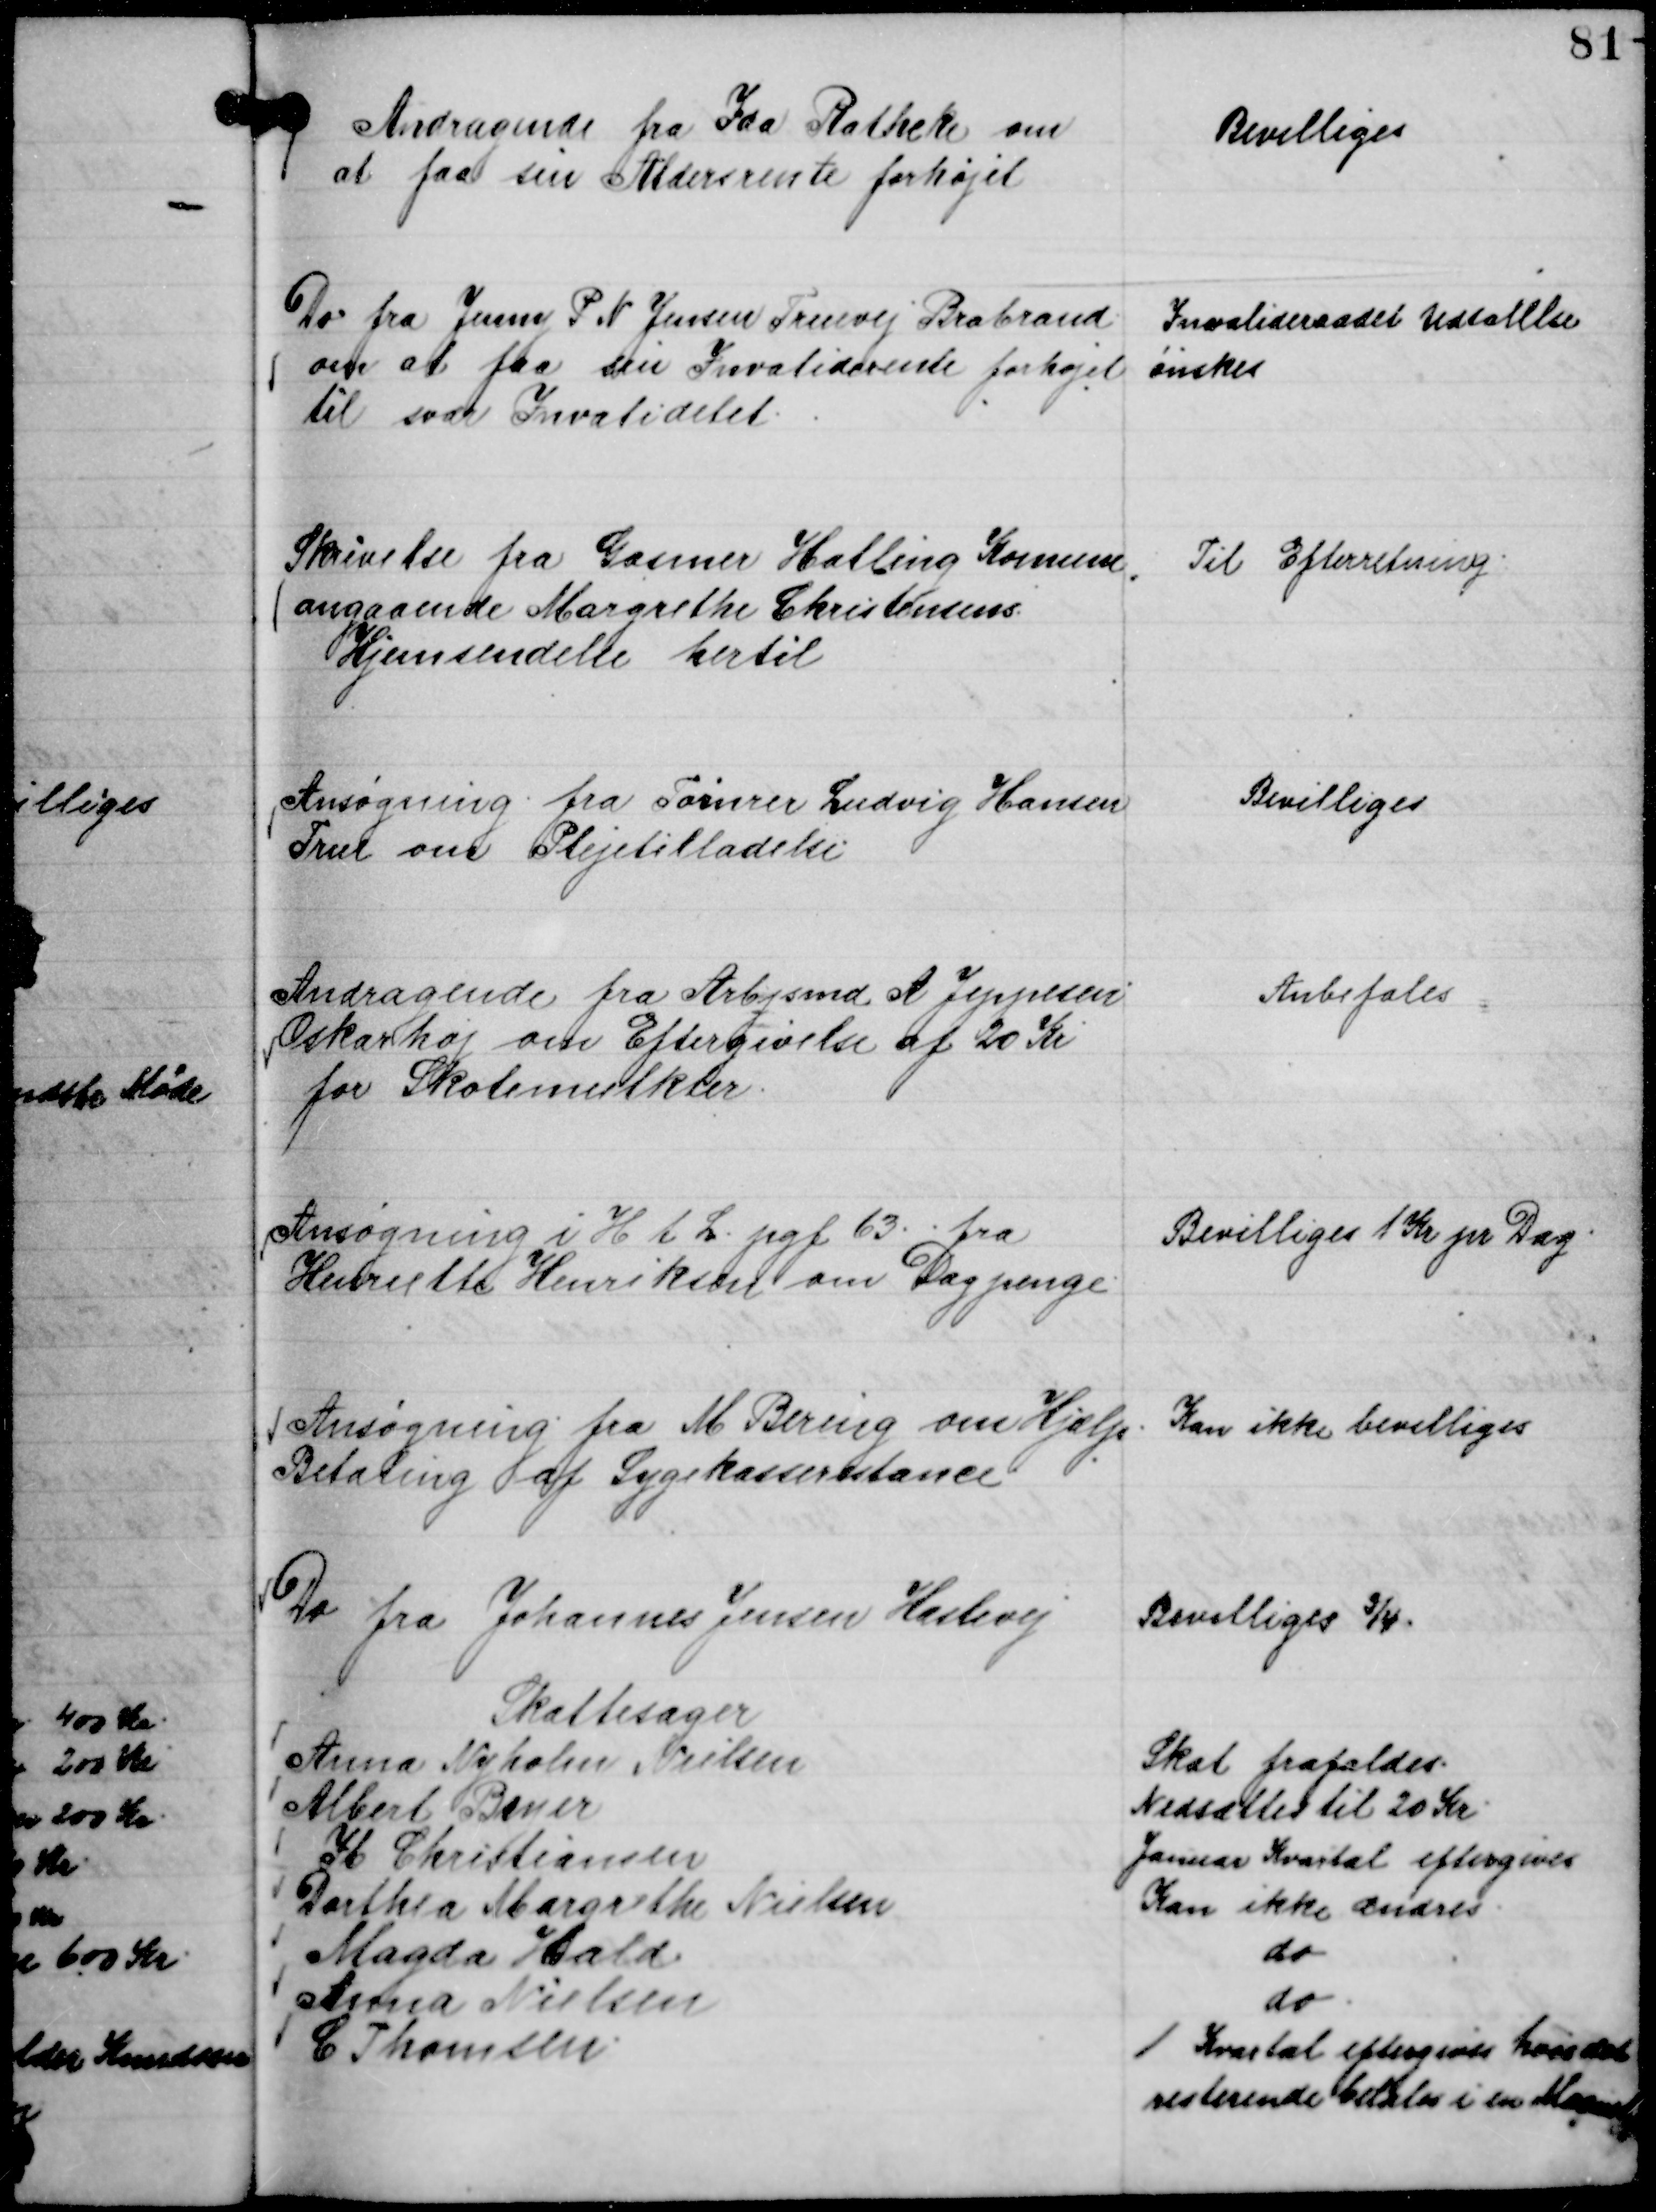
Transskription:
Andragende fra Ida Ratheke om
at faa sin Aldersrente forhøjet

Bevilliges

Do fra Jenny P N Jensen Truevej Brabrand
om at faa sin Invaliderente forhøjet
til svær Invaliditet.

Invalideraadet Udtalelse
ønskes

Skrivelse fra Gasmer Halling Komune

angaaende Margrethe Christensens
Hjemsendelse hertil

Til Efterretning.

Ansøgning fra Tømrer Ludvig Hansen
True om Plejetilladelse.

Bevilliges

Andragende fra Arbjsmd A Jeppesen
Oskarhøj om Eftergivelse af 20 Kr
for Skolemulkter.

Anbefales

Ansøgning i H t L. pgf 63 . . fra
Henriette Henriksen om Dagpenge.

Bevilliges 1 Kr pr Dag.

Ansøgning fra M Bering om Hjælp .
Betaling af Sygekasserestance

Kan ikke bevilliges

Do fra Johannes Jensen Haslevej

Bevilliges ¾.

Skattesager
Anna Nyholm Nielsen
Skat frafaldes.
Albert Bayer
Nedsættes til 20 Kr.
Ib Christiansen
Januar Kvartal eftergives
Dorthea Margrethe Nielsen
Kan ikke ændres.
Magda Hald.
do
Anna Nielsen
do.
C Thomsen.
1 Kvartal eftergives hvis det
resterende betales i en Maaned